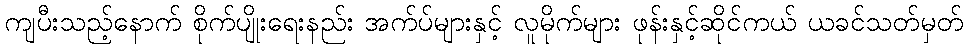
ကျပီးသည့်နောက် စိုက်ပျိုးရေးနည်း အက်ပ်များနှင့် လူမိုက်များ ဖုန်းနှင့်ဆိုင်ကယ် ယခင်သတ်မှတ်